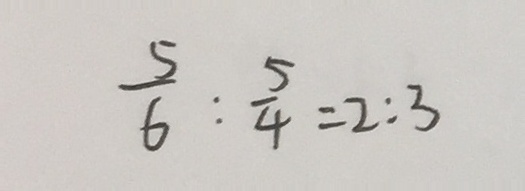
\frac { 5 } { 6 } : \frac { 5 } { 4 } = 2 : 3